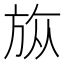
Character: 𣃨